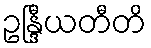
ဥန္ဒြီယတီတိ